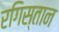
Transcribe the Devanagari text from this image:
रगिस्तान